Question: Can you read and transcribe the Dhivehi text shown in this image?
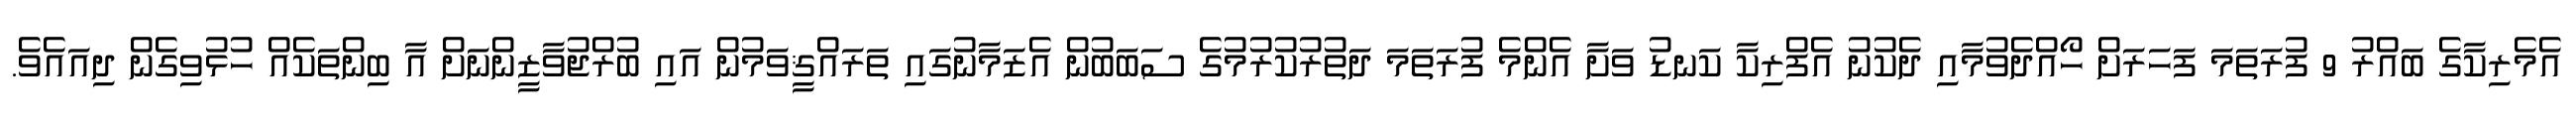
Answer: އެމެރިކާގެ ބައްރު 9 ފުރަތަމަ ފަހަރަށް ހޯއްދެވުމާއި ދެކުނު އެފްރިކާ ކަނޑު ވަށާ އެންމެ ފުރަތަމަ ދަތުރުކުރުމުގެ ސަބަބުން އެޒަމާނުގައި ތަރައްޤީވަމުން އައި ބުރްޖުވާޒީންނަށް އާ ބިންތަކެއް ހުޅުވިގެން ދިއައެވެ.